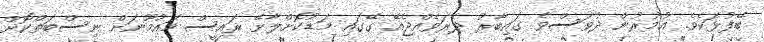
ބޭފުޅަކެވެ. އުމުރުން ދުވަސްވެ ގައިބާރު ދެރަވެއްޖެއޭ ގޭގައި މަޑުކޮށްލާށޭ ރައީސް މައުމޫނަށް ނިސްބަތްކޮށް